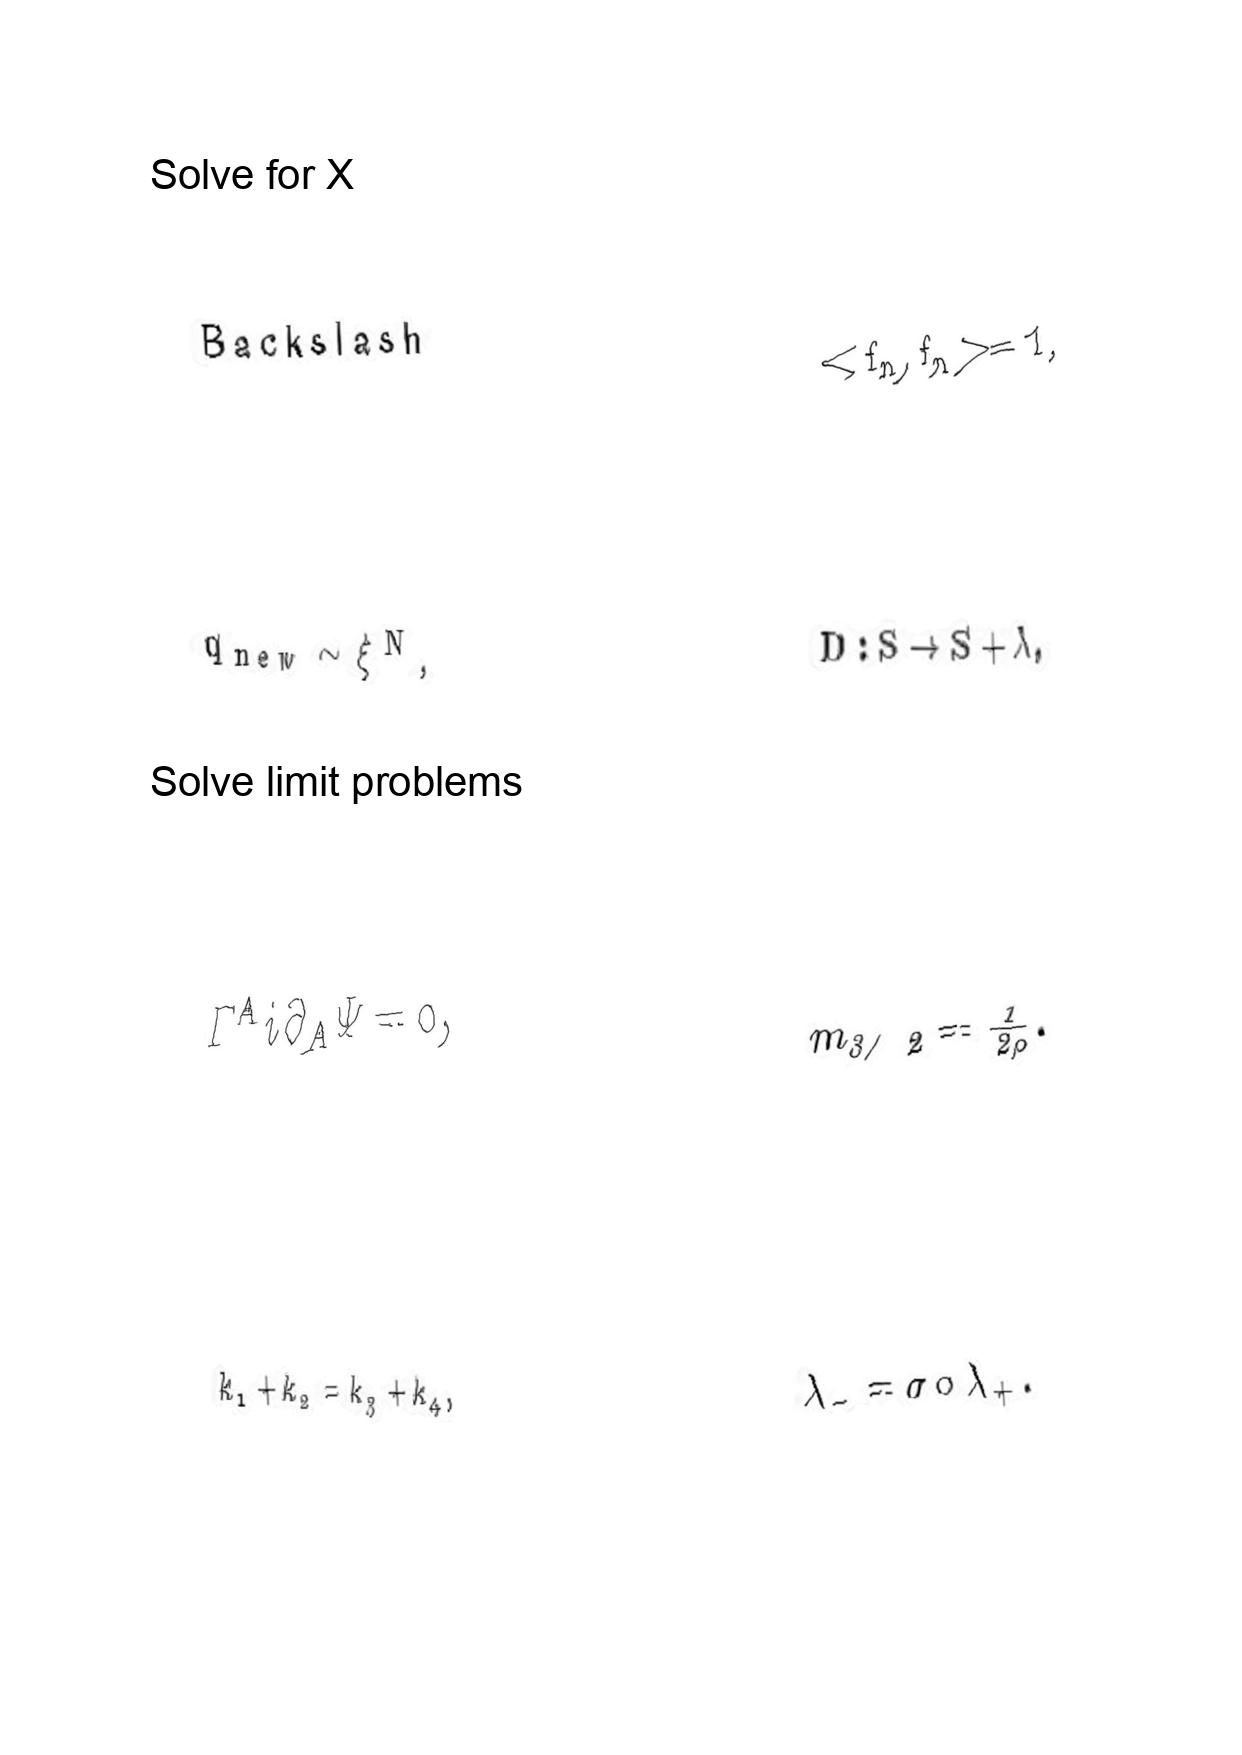
LaTeX transcription:
B a c k s l a s h
q _ { n e w } \sim \xi ^ { N } ,
\Gamma ^ { A } i \partial _ { A } \Psi = 0 ,
k _ { 1 } + k _ { 2 } = k _ { 3 } + k _ { 4 } ,
\lt f _ { n } , f _ { n } \gt = 1 ,
D : S \rightarrow S + \lambda ,
m _ { 3 / 2 } = \frac { 1 } { 2 \rho } .
\lambda _ { - } = \sigma \circ \lambda _ { + } .